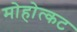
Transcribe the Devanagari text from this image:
मोहोत्कट